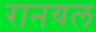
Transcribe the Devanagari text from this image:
रानयल